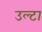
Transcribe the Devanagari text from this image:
उल्‍टा